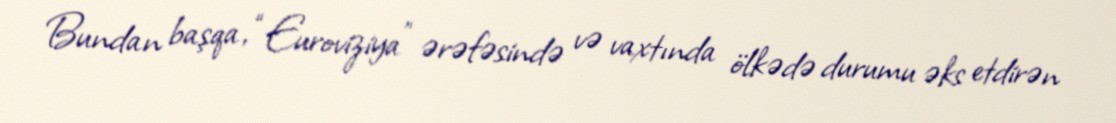
Bundan başqa, “Euroviziya” ərəfəsində və vaxtında ölkədə durumu əks etdirən